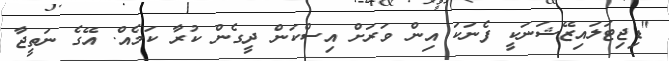
"ޑިޖިޓަލައިޒޭޝަނަކީ ފެނަކަ އިން ވަރަށް އިސްކަން ދީގެން ކުރާ ކަމެއް. އޭގެ ނަތީޖާ